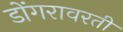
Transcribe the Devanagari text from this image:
डोंगरावरती